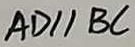
A D / / B C